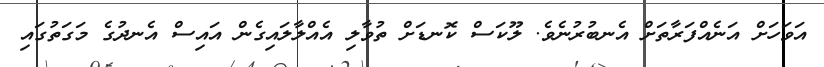
އަވަހަށް އަނެއްފަރާތަށް އެނބުރުނެވެ. ލޫކަސް ކޮނޑަށް ތުވާލި އެއްލާލައިގެން އައިސް އެނދުގެ މަގަތުގައި